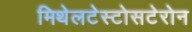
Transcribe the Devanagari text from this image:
मिथेलटेस्टोसटेरोन